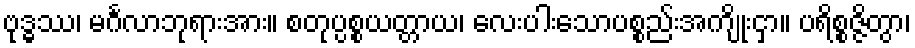
ဗုဒ္ဓဿ၊ မင်္ဂလာဘုရားအား။ စတုပ္ပစ္စယတ္တာယ၊ လေးပါးသောပစ္စည်းအကျိုးငှာ။ ပရိစ္စဇ္ဇိတွာ၊